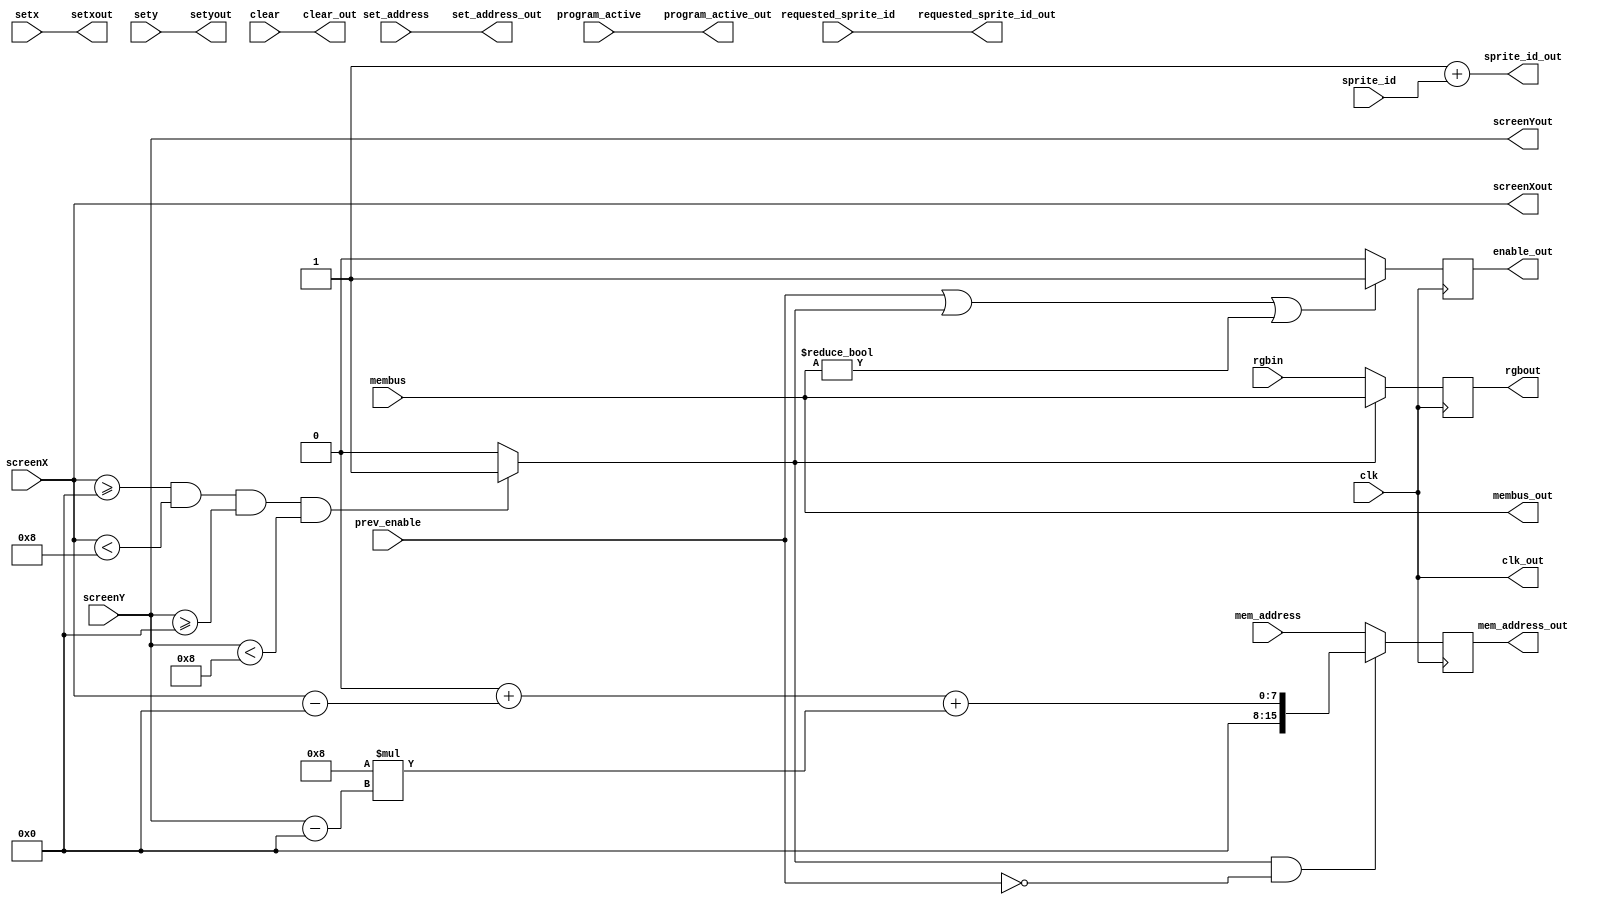
module sprite_engine (	input wire clk,
						input wire prev_enable,
						input wire[5:0] sprite_id,
						input wire[7:0] screenX,
						input wire[7:0] screenY,
						input wire[5:0] requested_sprite_id,
						input wire[15:0] set_address,
						input wire program_active,
						input wire[15:0] mem_address,
						input wire[7:0] rgbin,
						input wire[7:0] membus,
						input wire clear,
						input wire[7:0] setx,
						input wire[7:0] sety,
						output reg[7:0] rgbout,
						output wire[7:0] membus_out,
						output wire clk_out,
						output reg[15:0] mem_address_out,
						output reg enable_out,
						output wire[5:0] sprite_id_out,
						output wire[7:0] screenXout,
						output wire[7:0] screenYout,
						output wire program_active_out,
						output wire[7:0] setxout,
						output wire[7:0] setyout,
						output wire[5:0] requested_sprite_id_out,
						output wire[15:0] set_address_out,
						output wire clear_out);

//define all module IO:


assign clk_out = clk;
assign clear_out = clear;
assign screenXout = screenX;
assign screenYout = screenY;
assign membus_out = membus;
assign program_active_out = program_active;
assign setxout = setx;
assign setyout = sety;
assign requested_sprite_id_out = requested_sprite_id;
assign sprite_id_out = 1 + sprite_id;
assign set_address_out = set_address;

//internal variables
reg[15:0] sprite_address = 0;
reg[7:0] x = 0;
reg[7:0] y = 0;


function [7:0] mem_address_gen;//return the address of the next pixel no the sprite
input [7:0] xrel, yrel, base_address;
begin
	mem_address_gen = base_address+xrel+8*yrel;
end
endfunction

reg result;
function in_bounds;//return if current pixel location is in the sprite's regioneroni.
input [7:0] xbase, ybase, xcurrent, ycurrent;
begin
	result = 0;
	if(xcurrent >= xbase 
		&& xcurrent < xbase+8 
		&& ycurrent >= ybase 
		&& ycurrent < ybase+8)
	begin
		result = 1;
	end
	in_bounds = result;
end
endfunction

always @(posedge program_active)//reprogram sprite's coordinates and memory location on the fly
begin
	if(requested_sprite_id==sprite_id)
	begin
		sprite_address=set_address;
		x=setx;
		y=sety;
	end
end

always @(posedge clk)//handle pixel data and stuff
begin
	rgbout = in_bounds(x,y,screenX,screenY) == 1 ? membus : rgbin;
	mem_address_out = in_bounds(x,y,screenX,screenY)==1 && !prev_enable ? (mem_address_gen(screenX-x,screenY-y,sprite_address)) : mem_address;
	enable_out = prev_enable || in_bounds(x,y,screenX,screenY) == 1 || membus!=0 ? 1 : 0;
end

always @(posedge clear)
begin
	x=0;
	y=0;
	sprite_address=0;
end

endmodule